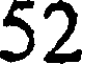
52